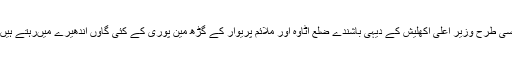
اسی طرح وزیر اعلیٰ اکھلیش کے دیہی باشندے ضلع اٹاوہ اور ملائم پریوار کے گڑھ مین پوری کے کئی گاؤں اندھیرے میںرہتے ہیں۔